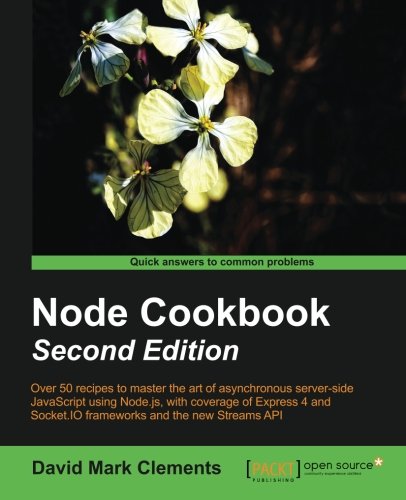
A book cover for Node Cookbook Second Edition; David Mark Clements; Computers & Technology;